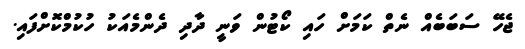
ޖެހޭ ސަބަބެއް ނެތް ކަމަށް ހައި ކޯޓުން ވަނީ ދާދި ދެންމެއަކު ހުކުމްކޮށްފައި.